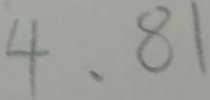
4 、 8 1